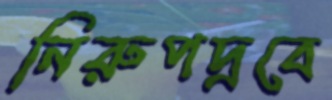
নিরুপদ্রবে